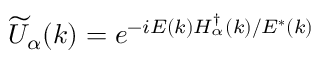
\widetilde { U } _ { \alpha } ( k ) = e ^ { - i E ( k ) H _ { \alpha } ^ { \dagger } ( k ) / E ^ { * } ( k ) }